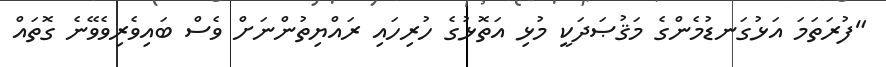
"ފުރަތަމަ އަޅުގަނޑުމެންގެ މަޤުޞަދަކީ މުޅި އަތޮޅުގެ ހުރިހައި ރައްޔިތުންނަށް ވެސް ބައިވެރިވެވޭނެ ގޮތައް